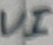
Text: VI